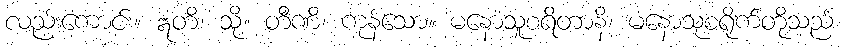
လည်းကောင်း။ ဣတိ၊ သို့။ တီဏိ၊ ကုန်သော။ မနောသူစရိတာနိ၊ မနောသုစရိုက်တို့သည်